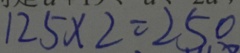
1 2 5 \times 2 = 2 5 0